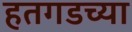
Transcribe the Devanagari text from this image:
हतगडच्या